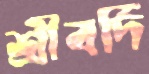
শ্রীবর্দি